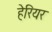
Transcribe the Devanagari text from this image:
हेरियर